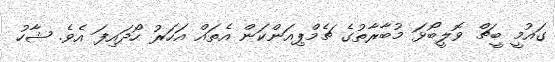
ގައުމީ ބީޗް ވޮލީބޯޅަ މުބާރާތުގެ ޗެމްޕިއަންކަން އެތައް އަހަރު ހޯދައިފަ އެވެ. ޝާހު